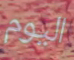
اليوم